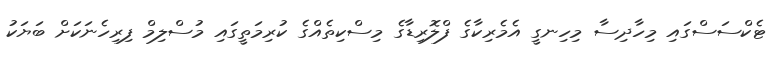
ޓެކްސަސްގައި މިހާދިސާ މިހިނގީ އެމެރިކާގެ ފްލޮރިޑާގެ މިސްކިތެއްގެ ކުރިމަތީގައި މުސްލިމް ފިރިހެނަކަށް ބަޔަކު